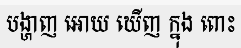
បង្ហាញ អោយ ឃើញ ក្នុង ពោះ